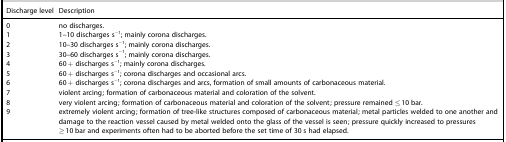
| Discharge level | Description |
 | --- | --- |
 | 0 | no discharges. |
 | 1 | 1–10 discharges s−1; mainly corona discharges. |
 | 2 | 10–30 discharges s−1; mainly corona discharges. |
 | 3 | 30–60 discharges s−1; mainly corona discharges. |
 | 4 | 60+ discharges s−1; mainly corona discharges. |
 | 5 | 60+ discharges s−1; corona discharges and occasional arcs. |
 | 6 | 60+ discharges s−1; corona discharges and arcs, formation of small amounts of carbonaceous material. |
 | 7 | violent arcing; formation of carbonaceous material and coloration of the solvent. |
 | 8 | very violent arcing; formation of carbonaceous material and coloration of the solvent; pressure remained ≤10 bar. |
 | 9 | extremely violent arcing; formation of tree-like structures composed of carbonaceous material; metal particles welded to one another and damage to the reaction vessel caused by metal welded onto the glass of the vessel is seen; pressure quickly increased to pressures ≥10 bar and experiments often had to be aborted before the set time of 30 s had elapsed. |